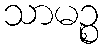
သာမဉ္စ